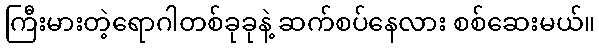
ကြီးမားတဲ့ရောဂါတစ်ခုခုနဲ့ ဆက်စပ်နေလား စစ်ဆေးမယ်။